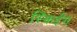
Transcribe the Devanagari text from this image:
स्किईंग